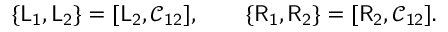
\{ \mathsf { L _ { 1 } } , \mathsf { L _ { 2 } } \} = [ \mathsf { L _ { 2 } } , \mathsf { \mathcal { C } _ { 1 2 } } ] , \qquad \{ \mathsf { R _ { 1 } } , \mathsf { R _ { 2 } } \} = [ \mathsf { R _ { 2 } } , \mathsf { \mathcal { C } _ { 1 2 } } ] .